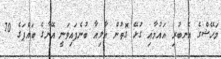
މަހޭޝްގެ އެނބުރި އައުމާއި ގުޅޭ ގޮތުން އާލިއާ ބުނެފައިވަނީ އޭނާގެ ބައްޕަގެ 70